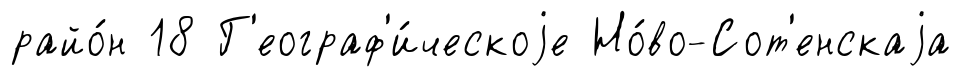
райо́н 18 Г'еограф'и́ческоjе Но́во-Сот'енскаjа